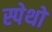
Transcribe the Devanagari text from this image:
स्पेथों